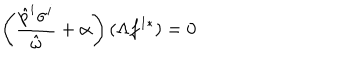
LaTeX: \left( \frac { \hat { p } ^ { i } \sigma ^ { i } } { \hat { \omega } } + \alpha \right) ( \Lambda f ^ { 1 * } ) = 0